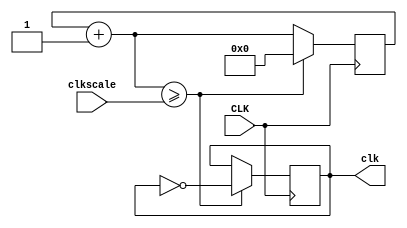
// Nexys3 and Atlys Spartan-6 FPGA Board
// Crystal Clock Oscillator  clkosc.v
// c 2012 Embedded Design using Programmable Gate Arrays
//        Second Edition   Dennis Silage

module clock(input CLK, input [31:0] clkscale, output reg clk);
									// CLK crystal clock oscillator 100 MHz
reg [31:0] clkq = 0;			// clock register, initial value of 0
	
always@(posedge CLK)
	begin
		clkq=clkq+1;			// increment clock register
			if (clkq>=clkscale)  	// clock scaling
				begin
					clk=~clk;	// output clock
					clkq=0;		// reset clock register
				end
	 end

endmodule